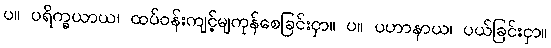
ပ။ ပရိက္ခယာယ၊ ထပ်ဝန်းကျင့်မျကုန်စေခြင်းငှာ။ ပ။ ပဟာနာယ၊ ပယ်ခြင်းငှာ။